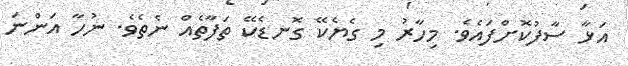
އަޅާ ސާފުކޮށްފައެވެ. މިހާރު މި ގެޔެކޭ ގޮނޑެކޭ ތަފާތެއް ނެތެވެ. ނުހާ އަންނަ